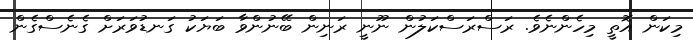
މިކަން އޮތީ މިހެންނެވެ. ރަސްރަސްކަލުން ނޫނީ ރަނިން ބޭނުންވާ ބަޔަކު ގަނޑުވަރަށް ގެނެސްގެން